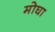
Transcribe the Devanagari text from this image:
मोघा